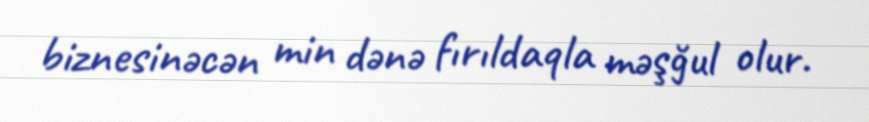
biznesinəcən min dənə fırıldaqla məşğul olur.